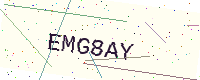
Text: EMG8AY